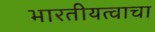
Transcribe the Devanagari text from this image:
भारतीयत्वाचा